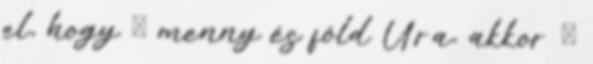
el, hogy Ő menny és föld Ura, akkor Ő